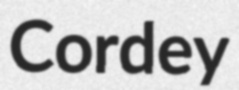
Cordey